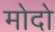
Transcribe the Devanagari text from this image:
मोदो